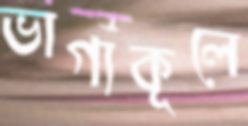
ভাগ্যকূলে